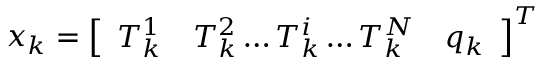
x _ { k } = \left[ \begin{array} { l l l l } { T _ { k } ^ { 1 } } & { T _ { k } ^ { 2 } \ldots T _ { k } ^ { i } \ldots T _ { k } ^ { N } } & { q _ { k } } \end{array} \right] ^ { T }